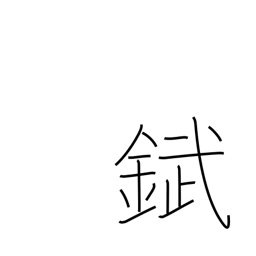
Meaning: tin plate